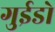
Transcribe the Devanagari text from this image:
गुईडो